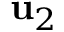
\mathbf { u } _ { 2 }